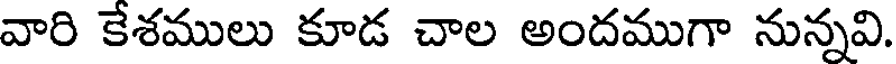
వారి కేశములు కూడ చాల అందముగా నున్నవి.